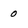
Character: 0